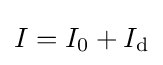
I=I_{0}+I_{\mathrm {d} }